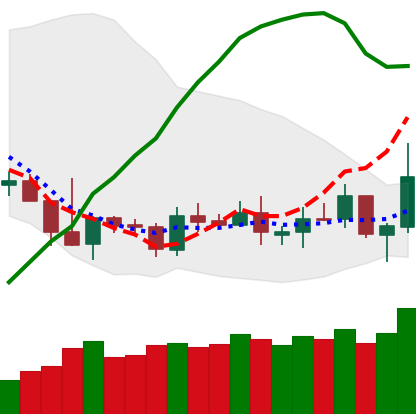
Ticker: TRX-USD
Chart end date: 2019-05-11
Forward return: 14.181%
Label: up_7plus